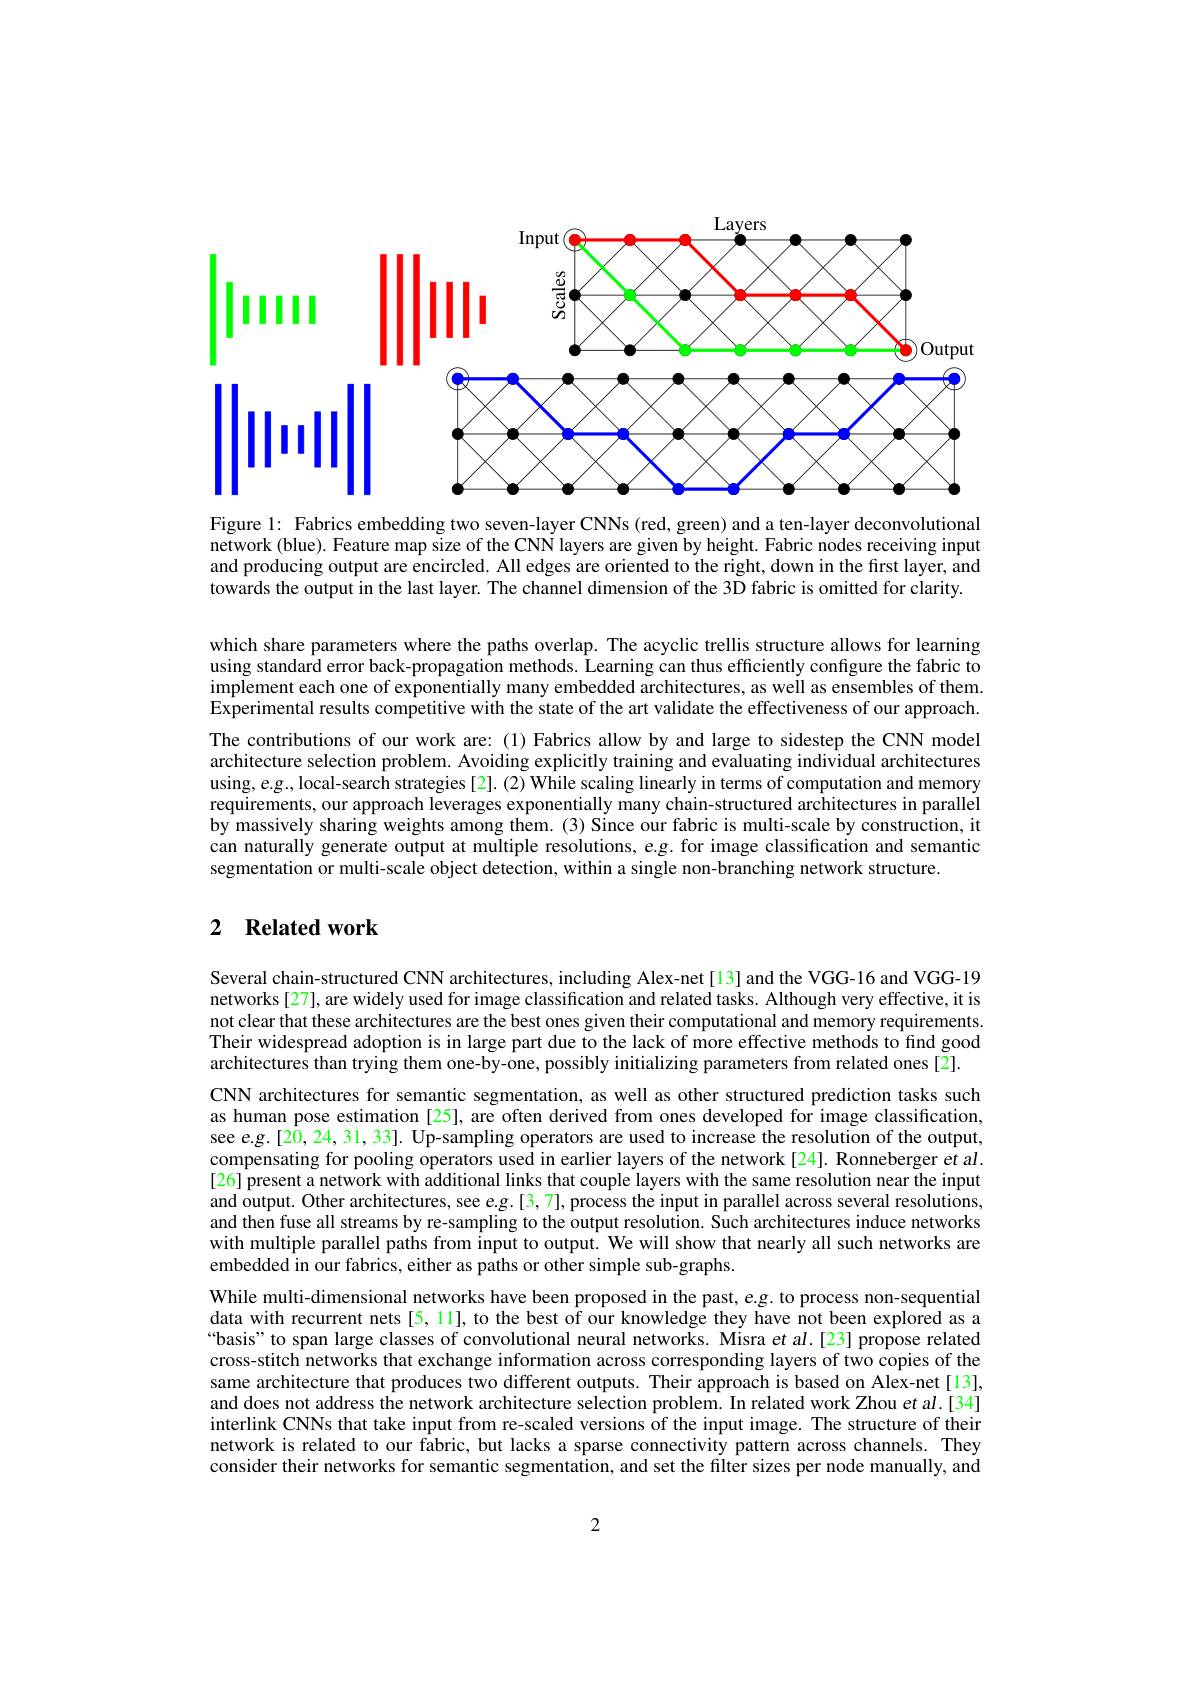
<FigureHere>

Figure 1: Fabrics embedding two seven-layer CNNs (red, green) and a ten-layer deconvolutional network (blue). Feature map size of the CNN layers are given by height. Fabric nodes receiving input and producing output are encircled. All edges are oriented to the right, down in the first layer, and towards the output in the last layer. The channel dimension of the 3D fabric is omitted for clarity.

which share parameters where the paths overlap. The acyclic trellis structure allows for learning using standard error back-propagation methods. Learning can thus efficiently configure the fabric to implement each one of exponentially many embedded architectures, as well as ensembles of them. Experimental results competitive with the state of the art validate the effectiveness of our approach. The contributions of our work are: (1) Fabrics allow by and large to sidestep the CNN model architecture selection problem. Avoiding explicitly training and evaluating individual architectures using, e.g., local-search strategies[2]. (2) While scaling linearly in terms of computation and memory requirements, our approach leverages exponentially many chain-structured architectures in parallel by massively sharing weights among them. (3) Since our fabric is multi-scale by construction, it can naturally generate output at multiple resolutions, e.g. for image classification and semantic segmentation or multi-scale object detection, within a single non-branching network structure.

## 2 $\textbf{Related work}$

Several chain-structured CNN architectures, including Alex-net[13] and the VGG-16 and VGG-19 networks[27], are widely used for image classification and related tasks. Although very effective, it is not clear that these architectures are the best ones given their computational and memory requirements. Their widespread adoption is in large part due to the lack of more effective methods to find good architectures than trying them one-by-one, possibly initializing parameters from related ones [2].
CNN architectures for semantic segmentation, as well as other structured prediction tasks such as human pose estimation [25], are often derived from ones developed for image classification, see e.g.[20, 24, 31, 33]. Up-sampling operators are used to increase the resolution of the output, compensating for pooling operators used in earlier layers of the network[24]. Ronneberger et al. [26] present a network with additional links that couple layers with the same resolution near the input and output. Other architectures, see e.g.[3,7], process the input in parallel across several resolutions, and then fuse all streams by re-sampling to the output resolution. Such architectures induce networks with multiple parallel paths from input to output. We will show that nearly all such networks are embedded in our fabrics, either as paths or other simple sub-graphs.
While multi-dimensional networks have been proposed in the past, e.g. to process non-sequential data with recurrent nets[5,11], to the best of our knowledge they have not been explored as a “basis”to span large classes of convolutional neural networks. Misra et al.[23] propose related cross-stitch networks that exchange information across corresponding layers of two copies of the same architecture that produces two different outputs. Their approach is based on Alex-net[13], and does not address the network architecture selection problem. In related work Zhou et al.[34] interlink CNNs that take input from re-scaled versions of the input image. The structure of their network is related to our fabric, but lacks a sparse connectivity pattern across channels. They consider their networks for semantic segmentation, and set the filter sizes per node manually, and

2